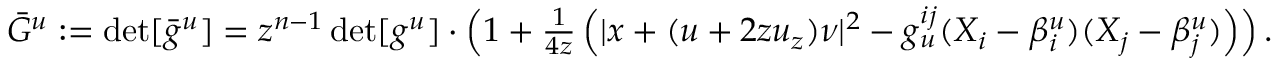
\begin{array} { r } { \bar { G } ^ { u } : = \operatorname* { d e t } [ \bar { g } ^ { u } ] = z ^ { n - 1 } \operatorname* { d e t } [ g ^ { u } ] \cdot \left( 1 + \frac { 1 } { 4 z } \left( | x + ( u + 2 z u _ { z } ) \nu | ^ { 2 } - g _ { u } ^ { i j } ( X _ { i } - \beta _ { i } ^ { u } ) ( X _ { j } - \beta _ { j } ^ { u } ) \right) \right) . } \end{array}